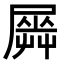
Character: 𡳡